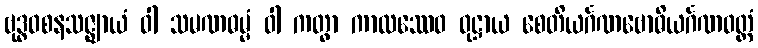
ဗုဒ္ဓဝစနသဇ္ဈာယံ ဝါ သမဏဓမ္မံ ဝါ ကတွာ ကာလဿေဝ ဝုဋ္ဌာယ စေတိယင်္ဂဏဗောဓိယင်္ဂဏဝတ္တံ